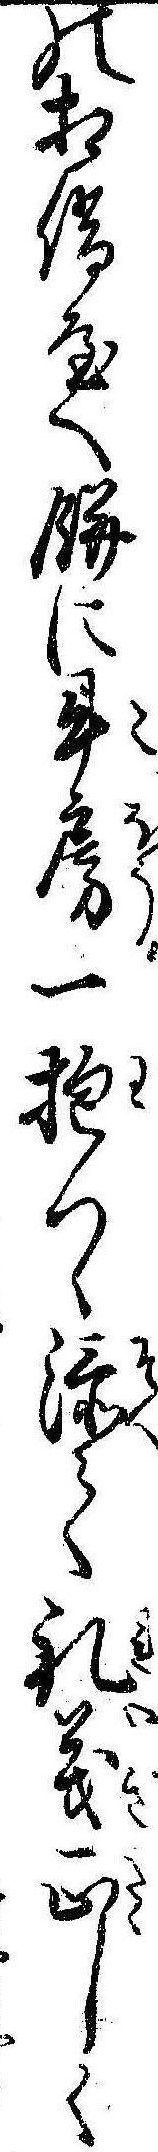
の相借屋へ餅に牛房一抱つゝ添て礼義正しく